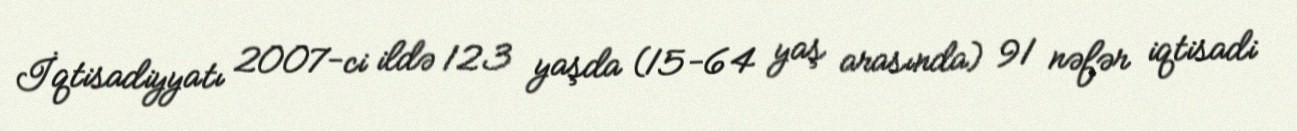
İqtisadiyyatı 2007-ci ildə 123 yaşda (15-64 yaş arasında) 91 nəfər iqtisadi